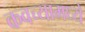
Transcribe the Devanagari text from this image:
कवच्यामध्ये